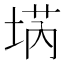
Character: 𡍝